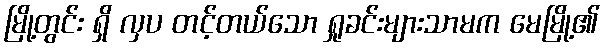
မြို့တွင်း ရှိ လှပ တင့်တယ်သော ရှုခင်းများသာမက မေမြို့၏